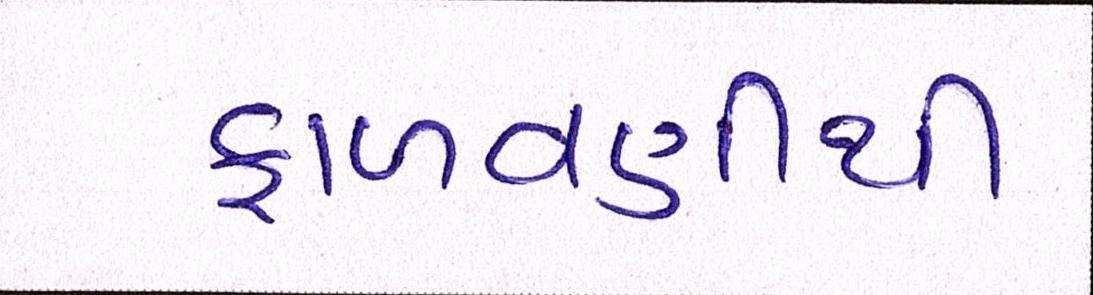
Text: ફાળવણીથી